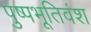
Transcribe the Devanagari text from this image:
पुष्पभूतिवंश